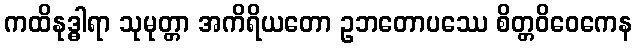
ကထိနုဒ္ဓါရာ သုမုတ္တာ အကိရိယတော ဥဘတောပဿေ စိတ္တဝိဝေကေန